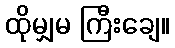
ထိုမျှမ ကြီးချေ။